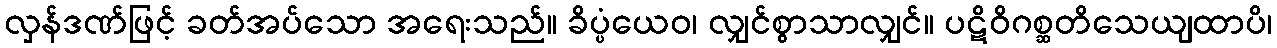
လှန်ဒဏ်ဖြင့် ခတ်အပ်သော အရေးသည်။ ခိပ္ပံယေဝ၊ လျှင်စွာသာလျှင်။ ပဋိဝိဂစ္ဆတိသေယျထာပိ၊